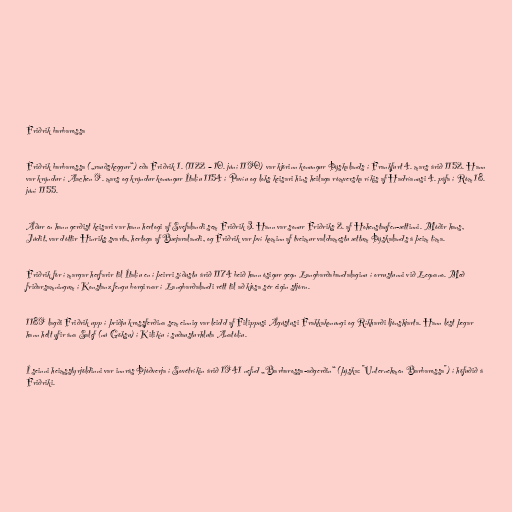
Friðrik barbarossa

Friðrik barbarossa („rauðskeggur“) eða Friðrik 1. (1122 – 10. júní 1190) var kjörinn konungur Þýskalands í Frankfurt 4. mars árið 1152. Hann
var krýndur í Aachen 9. mars og krýndur konungur Ítalíu 1154 í Pavíu og loks keisari hins heilaga rómverska ríkis af Hadríanusi 4. páfa í Róm 18.
júní 1155.

Áður en hann gerðist keisari var hann hertogi af Svefalandi sem Friðrik 3. Hann var sonur Friðriks 2. af Hohenstaufen-ættinni. Móðir hans,
Júdit, var dóttir Hinriks svarta, hertoga af Bæjaralandi, og Friðrik var því kominn af tveimur valdamestu ættum Þýskalands á þeim tíma.

Friðrik fór í margar herfarir til Ítalíu en í þeirri síðustu árið 1174 beið hann ósigur gegn Langbarðabandalaginu í orrustunni við Legnano. Með
friðarsamningum í Konstanz fengu borgirnar í Langbarðalandi rétt til að kjósa sér eigin stjórn.

1189 lagði Friðrik upp í þriðju krossferðina sem einnig var leidd af Filippusi Ágústusi Frakkakonungi og Ríkharði ljónshjarta. Hann lést þegar
hann hélt yfir ána Salef (nú Göksu) í Kilikíu í suðausturhluta Anatólíu.

Í seinni heimsstyrjöldinni var innrás Þjóðverja í Sovétríkin árið 1941 nefnd „Barbarossa-aðgerðin“ (þýska: "Unternehmen Barbarossa") í höfuðið á
Friðriki.